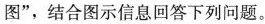
图”，结合图示信息回答下列问题。